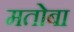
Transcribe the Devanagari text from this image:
मतोबा